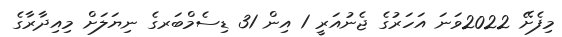
މިފެށޭ 2022ވަނަ އަހަރުގެ ޖެނުއަރީ 1 އިން 31 ޑިސެމްބަރގެ ނިޔަލަށް މިއިދާރާގެ